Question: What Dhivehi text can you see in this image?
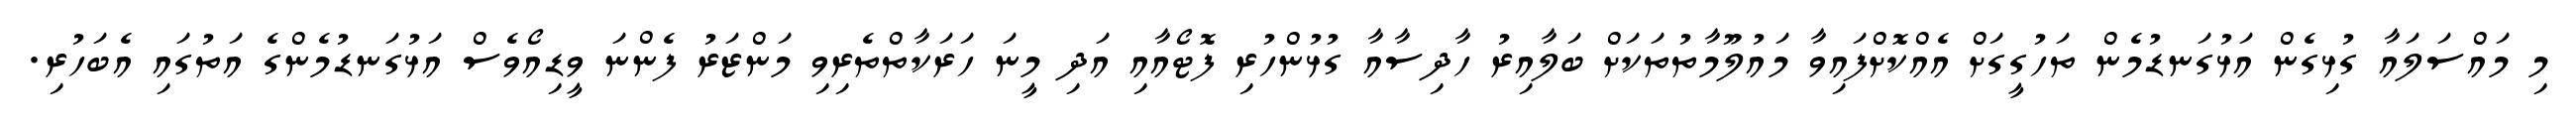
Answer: މި މައްސަލައާ ގުޅިގެން އަޅުގަނޑުމެން ތަހުގީގަށް އެއްކޮށްފައިވާ މައުލޫމާތުތަކަށް ބަލާއިރު ހާދިސާއާ ގުޅުންހުރި ފޮޓޯއާއި އަދި މީނަ ހަރަކާތްތެރިވި މަންޒަރު ފެންނަ ވީޑިއޯވެސް އަޅުގަނޑުމެންގެ އަތުގައި އެބަހުރި.